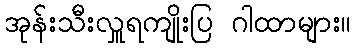
အုန်းသီးလှူရကျိုးပြ ဂါထာများ။